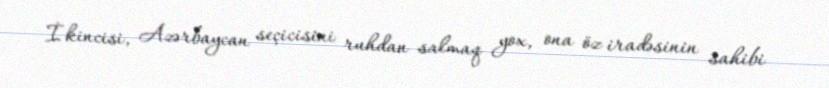
İkincisi, Azərbaycan seçicisini ruhdan salmaq yox, ona öz iradəsinin sahibi